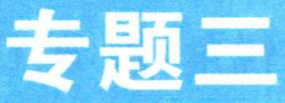
专题三